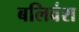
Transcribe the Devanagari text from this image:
बलिवंश